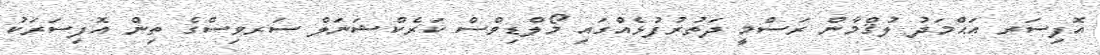
އޮފިސަރ އަޙްމަދު ލުޤްމާން ރަސްމީ ދަތުރުފުޅެއްގައި މޯލްޑިވްސް ކަރެކްޝަނަލް ސަރވިސްގެ ތިން އޮފިސަރަކު